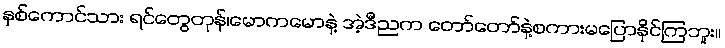
နှစ်ကောင်သား ရင်တွေတုန်၊မောကမောနဲ့ အဲ့ဒီညက တော်တော်နဲ့စကားမပြောနိုင်ကြဘူး။